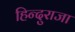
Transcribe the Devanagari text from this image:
हिन्दुराजा